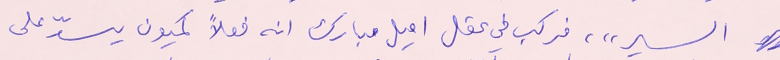
السير"، فركب في عقل اميل مبارك انه فعلاً كميون يسدّ على